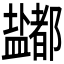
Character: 𰥈